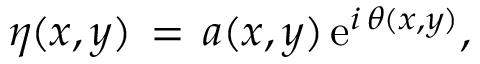
\eta ( x , y ) \, = \, a ( x , y ) \, { \mathrm { e } } ^ { i \, \theta ( x , y ) } ,